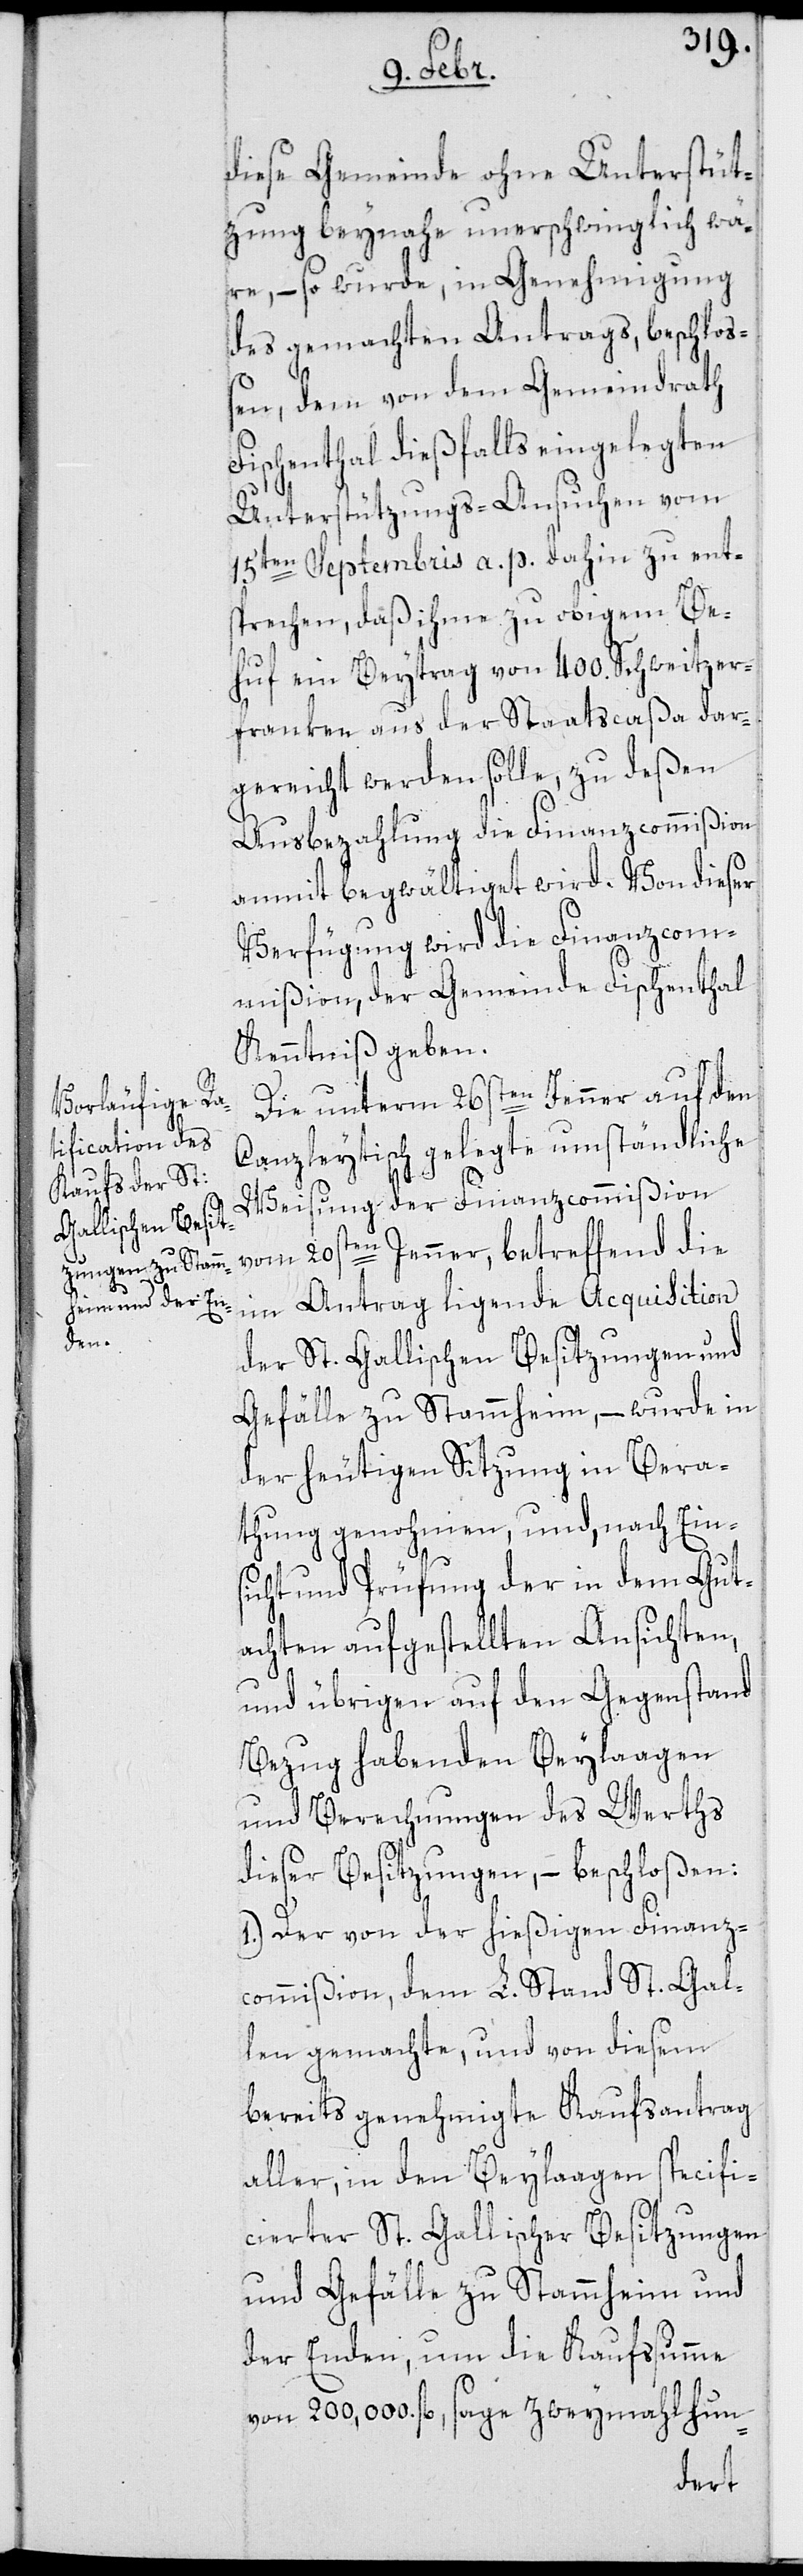
diese Gemeinde ohne Unterstüt¬
zung beynahe unerschwinglich wä¬
re, – so wurde in Genehmigung
des gemachten Antrags beschloß¬
en, dem von dem Gemeindrath
Fischenthal dießfalls eingelegten
Unterstützungs-Ansuchen vom
15ten Septembris a. p. dahin zu ent¬
sprechen, daß ihme zu obigem Be¬
huf ein Beytrag von 400. Schweitzer¬
franken aus der Staatscaßa dar¬
gereicht werden solle, zu deßen
Ausbezahlung die Finanzcommißion
anmit begwältigt wird. Von dieser
Verfügung wird die Finanzcom¬
mißion, der Gemeinde Fischenthal
Kenntniß geben.
Die unterm 26sten Jenner auf den
Canzleytisch gelegte umständliche
Weisung der Finanzcommißion
vom 20sten Jenner, betreffend die
im Antrag ligende Acquisition
der St. Gallischen Besitzungen, und
Gefälle zu Stammheim, – wurde in
der heutigen Sitzung in Bera¬
thung genohmen, und nach Ein¬
sicht und Prüfung der in dem Gut¬
achten aufgestellten Ansichten,
und übrigen auf den Gegenstand
Bezug habenden Beylaagen
und Berechnungen des Werths
dieser Besitzungen, – beschloßen:
1.) Der von der hießigen Finanz¬
commißion, dem L. Stand St. Gal¬
len gemachte, und von diesem
bereits genehmigte Kaufsantrag
aller, in den Beylaagen specifi¬
cierter St. Gallischer Besitzungen
und Gefälle zu Stammheim und
der Enden, um die Kaufssumme
von 200,000 fl., sage zweymahl hun-